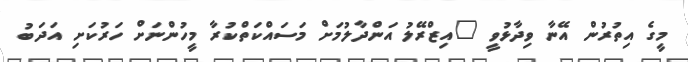
މީގެ އިތުރުން އޭނާ ވިދާޅުވީ "އިޒްރޭލު އަންދާލުމަށް މަސައްކަތްކުރާ މީހުންނަށް ހަރުކަށި އަދަބު